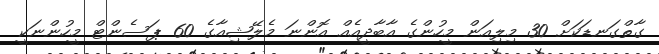
ގާތްގަނޑަކަށް 30 މިލިއަން މީހުންގެ އާބާދީއެއް އޮންނަ މެލޭޝިއާގެ 60 ޕަސެންޓް މީހުންނަކީ